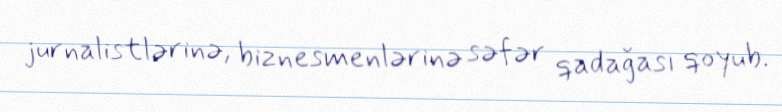
jurnalistlərinə, biznesmenlərinə səfər qadağası qoyub.